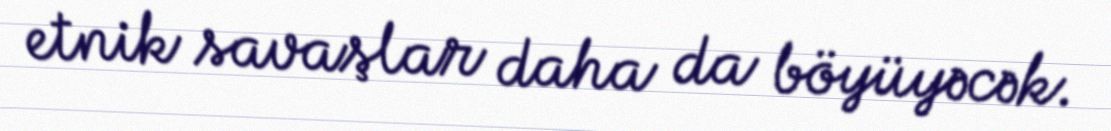
etnik savaşlar daha da böyüyəcək.